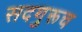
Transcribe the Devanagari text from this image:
सदगुरूच